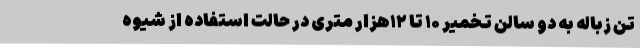
تن زباله به دو سالن تخمیر ۱۰ تا ۱۲هزار متری در حالت استفاده از شیوه